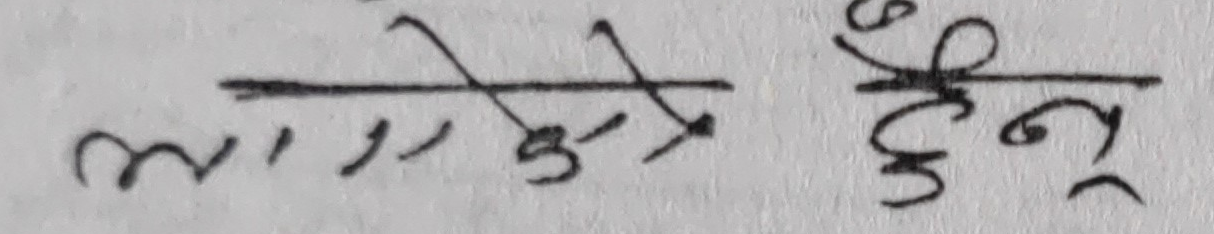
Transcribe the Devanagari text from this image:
भन्ने छैनू